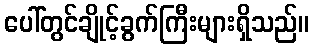
ပေါ်တွင်ချိုင့်ခွက်ကြီးများရှိသည်။